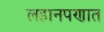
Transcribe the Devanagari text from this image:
लहानपणात